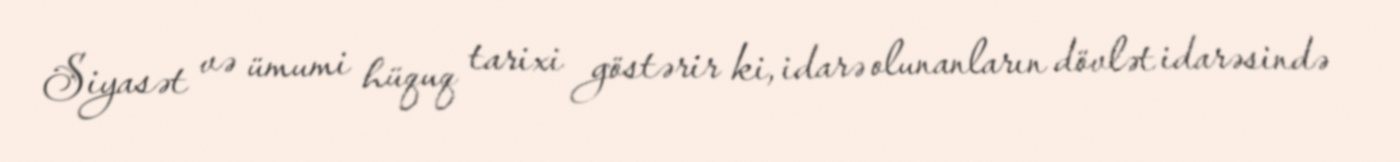
Siyasət və ümumi hüquq tarixi göstərir ki, idarə olunanların dövlət idarəsində